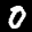
Label: 0